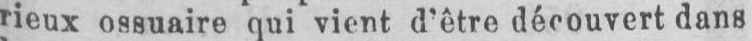
ieux ossuaire qui vient d’être découvert dans